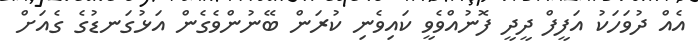
އެއް ދުވަހަކު އަފީފް ދީދީ ފޮނުއްވެވީ ކައިވެނި ކުރަން ބޭނުންވެގެން އަޅުގަނޑުގެ ގެއަށް